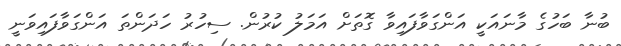
ބުނާ ބަހުގެ މާނައަކީ އަންގަވާފައިވާ ގޮތަށް އަމަލު ކުރުން. ސިހުރު ހަދަންތަ އަންގަވާފައިވަނީ